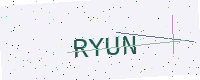
Text: RYUN